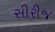
સીરીજ